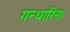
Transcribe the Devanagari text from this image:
गन्धारिन।